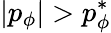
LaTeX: \vert p_{\phi}\vert>p_{\phi}^{*}